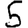
Digit: 5